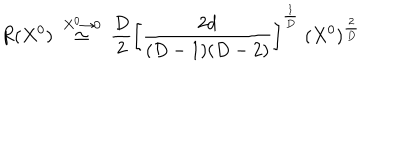
\frac { R ( X ^ { 0 } ) ~ \buildrel { X ^ { 0 } \to 0 } } { \simeq ~ { \frac { D } { 2 } } \left[ { \frac { 2 d } { ( D - 1 ) ( D - 2 ) } } \right] ^ { \frac { 1 } { D } } ~ ( X ^ { 0 } ) ^ { \frac { 2 } { D } } }